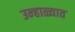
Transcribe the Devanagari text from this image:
उन्‍हाळ्यात